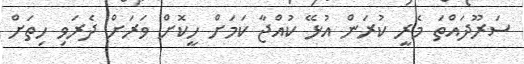
ސަރޫދައްތަ މެރީ ކުރަން އުޅޭ ކުއްޖާ ކަމަށް ހީކޮށް ވަރަށް ދެރަވި ހިތަށް